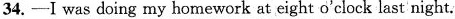
34.—I was doing my homework at eight o'clock last night.